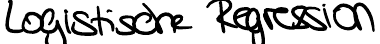
Logistische Regression